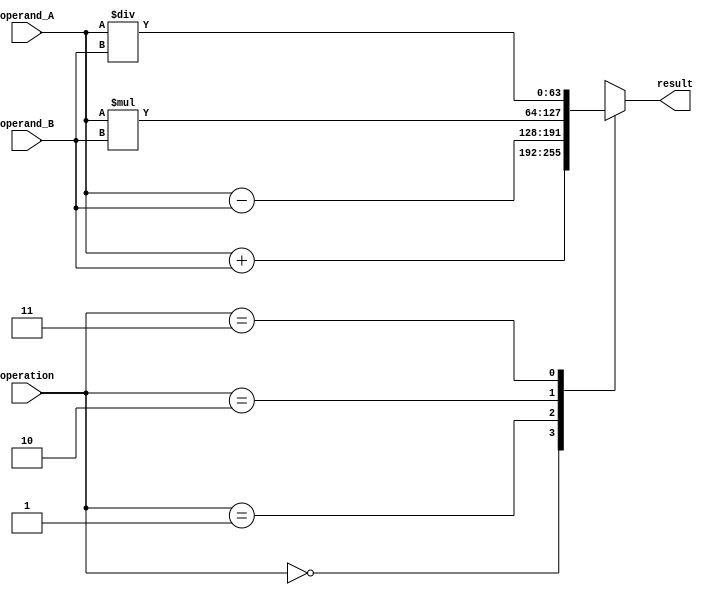
module triple_precision_unit (
    input wire [63:0] operand_A,
    input wire [63:0] operand_B,
    input wire [1:0] operation,
    output wire [63:0] result
);

reg [63:0] result_reg;

always @(*) begin
    case(operation)
        2'b00: result_reg = operand_A + operand_B; // addition
        2'b01: result_reg = operand_A - operand_B; // subtraction
        2'b10: result_reg = operand_A * operand_B; // multiplication
        2'b11: result_reg = operand_A / operand_B; // division
    endcase
end

assign result = result_reg;

endmodule